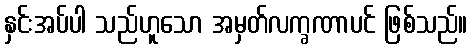
နှင်းအပ်ပါ သည်ဟူသော အမှတ်လက္ခဏာပင် ဖြစ်သည်။